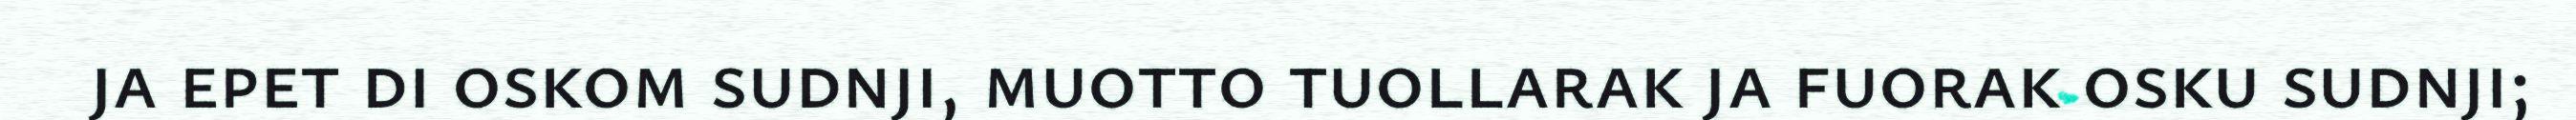
ja epet di oskom sudnji, muotto tuollarak ja fuorak osku sudnji;